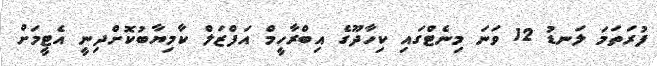
ފުރަތަމަ ލަނޑު 12 ވަނަ މިނެޓްގައި ކިހާދޫގެ އިބްރާހީމް އަފްޒަލް ކާމިޔާބުކޮށްދިނީ އެޓީމަށް